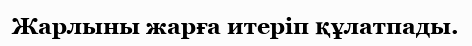
Жарлыны жарға итеріп құлатпады.